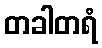
တခါတရံ